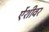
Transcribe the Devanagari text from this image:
ऐंशीवर